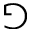
\Game